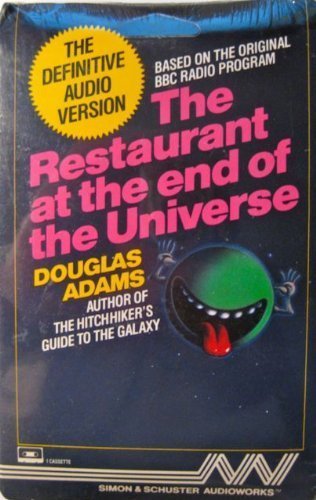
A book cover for The Restaurant at the end of the Universe; Adams; Humor & Entertainment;